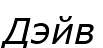
Дэйв